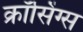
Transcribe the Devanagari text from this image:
क्रॉसिंग्स